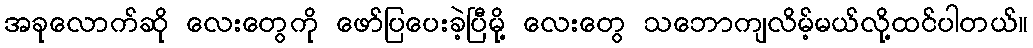
အခုလောက်ဆို လေးတွေကို ဖော်ပြပေးခဲ့ပြီမို့ လေးတွေ သဘောကျလိမ့်မယ်လို့ထင်ပါတယ်။